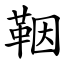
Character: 鞇